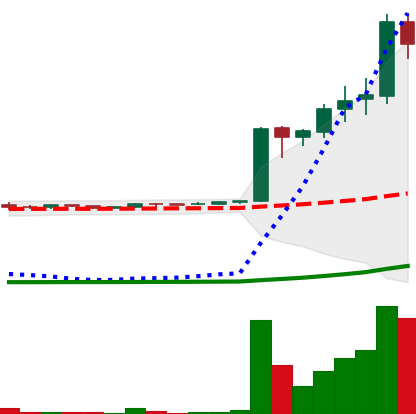
Ticker: LTC-USD
Chart end date: 2017-04-06
Forward return: -13.635%
Label: down_7plus